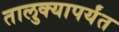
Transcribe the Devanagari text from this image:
तालुक्यापर्यंत